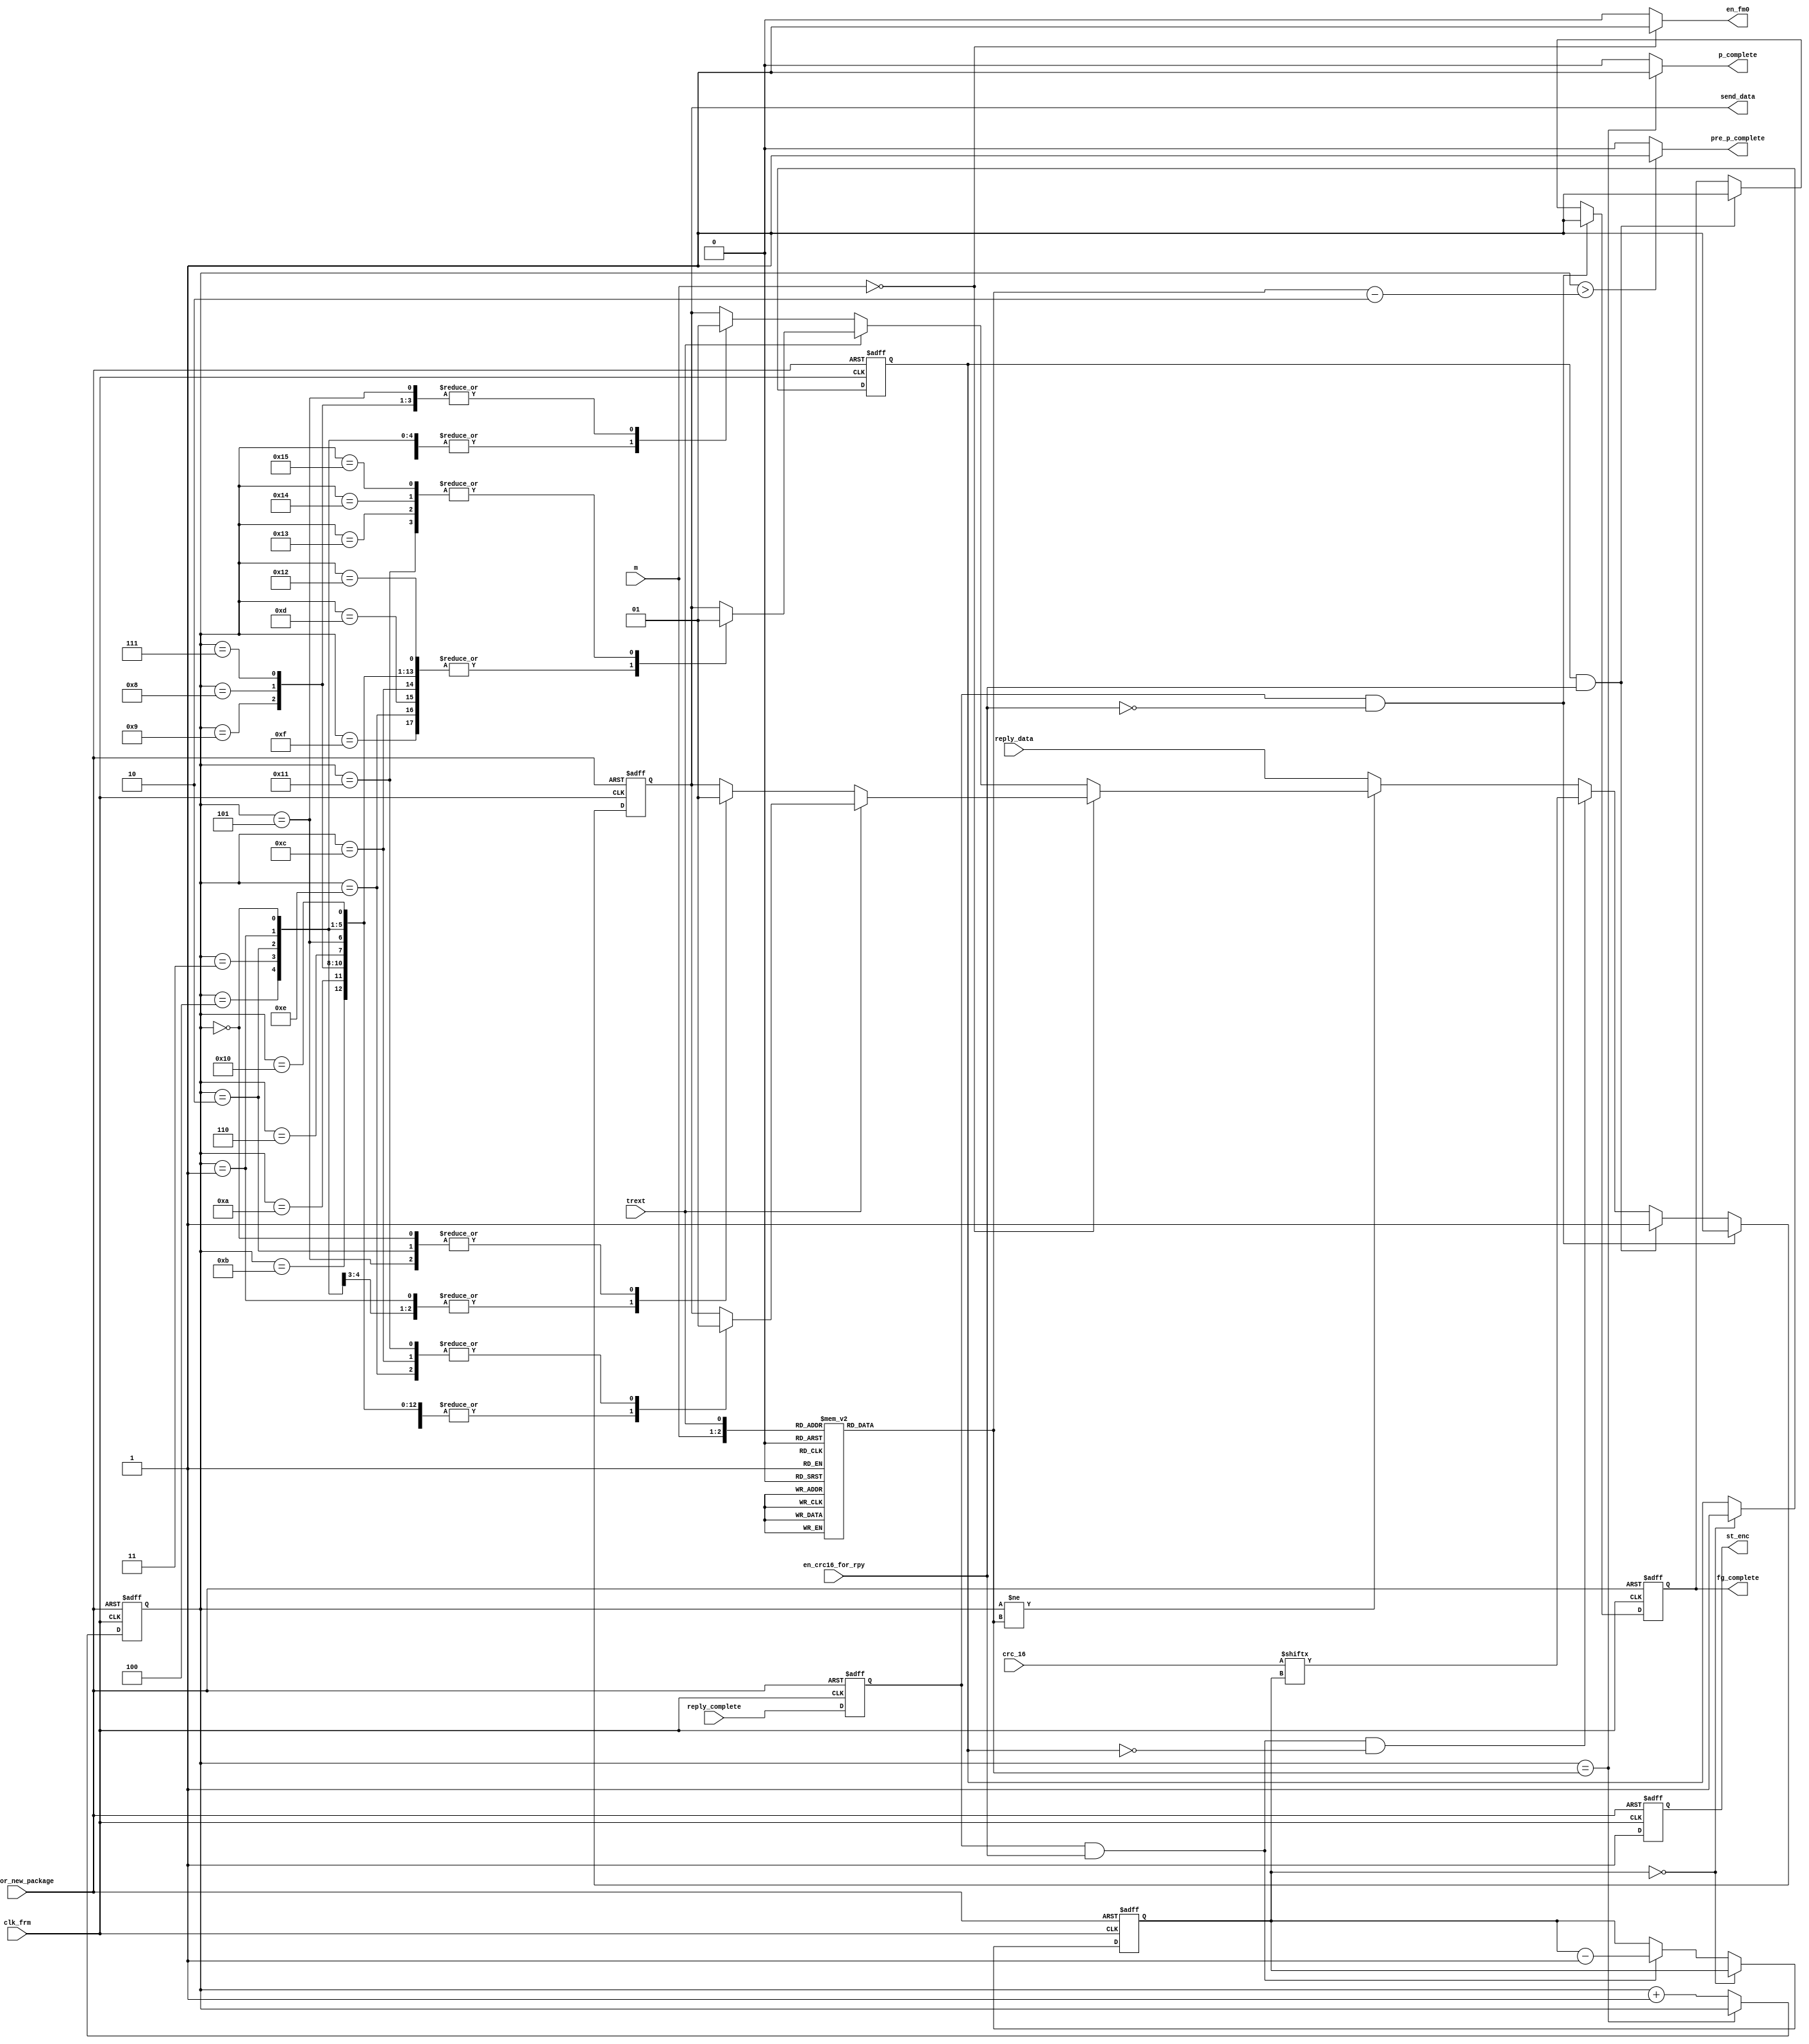
module frmgen
(
output reg send_data,
output en_fm0,
output reg st_enc,
output pre_p_complete,
output p_complete,
output reg fg_complete,
input clk_frm,
input rst_for_new_package,
input reply_data,
input [15:0]crc_16,
input [1:0]m,
input trext,
input reply_complete,
input en_crc16_for_rpy
);


reg reply_complete_d;
reg [4:0]cnt_end;
reg [4:0]p_cnt;
reg [3:0]crc_cnt;
reg crc_complete;


assign en_fm0 = (m == 2'b00)? 1'b1 : 1'b0;

assign pre_p_complete = (p_cnt > (cnt_end - 5'h2))? 1'b1 : 1'b0;

assign p_complete = (p_cnt == cnt_end)? 1'b1 : 1'b0;

always@(posedge clk_frm or negedge rst_for_new_package) begin
	if(~rst_for_new_package) st_enc <= 1'b0;
	else st_enc <= 1'b1;
end

always@(posedge clk_frm or negedge rst_for_new_package) begin
	if(~rst_for_new_package) reply_complete_d <= 1'b0;
	else reply_complete_d <= reply_complete;
end

always@(*) begin
	case({m, trext})
		3'b000 : cnt_end = 5'h6;
		3'b001 : cnt_end = 5'h12;
		3'b010 : cnt_end = 5'ha;
		3'b011 : cnt_end = 5'h16;
		3'b100 : cnt_end = 5'ha;
		3'b101 : cnt_end = 5'h16;
		3'b110 : cnt_end = 5'ha;
		3'b111 : cnt_end = 5'h16;
	endcase
end

always@(posedge clk_frm or negedge rst_for_new_package) begin
	if(~rst_for_new_package) p_cnt <= 5'h0;
	else begin
		if(p_cnt == cnt_end) p_cnt <= p_cnt;
		else p_cnt <= p_cnt + 5'h1;
	end
end

always@(posedge clk_frm or negedge rst_for_new_package) begin
	if(~rst_for_new_package) send_data <= 1'b0;
	else if(~en_crc16_for_rpy & reply_complete_d) send_data <= 1'b1;
	else if(en_crc16_for_rpy &  crc_complete) send_data <= 1'b1;
	else if(reply_complete_d & en_crc16_for_rpy & ~crc_complete) send_data <= crc_16[crc_cnt];
	else begin
		if(p_cnt != cnt_end) begin
			if(m == 2'b00) begin
				if(~trext) begin
					case(p_cnt)
						5'h0 : send_data <= 1'b1;
						5'h1 : send_data <= 1'b0;
						5'h2 : send_data <= 1'b1;
						5'h3 : send_data <= 1'b0;
						5'h4 : send_data <= 1'b0;
						5'h5 : send_data <= 1'b1;
					endcase
				end
				else begin
					case(p_cnt)	
						5'h0, 5'h1, 5'h2, 5'h3, 5'h4, 5'h5, 5'h6, 5'h7, 5'h8, 5'h9, 5'ha, 5'hb : send_data <= 1'b0;
						5'hc : send_data <= 1'b1;
						5'hd : send_data <= 1'b0;
						5'he : send_data <= 1'b1;
						5'hf : send_data <= 1'b0;
						5'h10 : send_data <= 1'b0;
						5'h11 : send_data <= 1'b1;
					endcase
				end
			end
			else begin
				if(~trext) begin
					case(p_cnt)
						5'h0, 5'h1, 5'h2, 5'h3 : send_data <= 1'b0;
						5'h4 : send_data <= 1'b0;
						5'h5 : send_data <= 1'b1;
						5'h6 : send_data <= 1'b0;
						5'h7 : send_data <= 1'b1;
						5'h8 : send_data <= 1'b1;
						5'h9 : send_data <= 1'b1;
					endcase
				end
				else begin
					case(p_cnt)
						5'h0, 5'h1, 5'h2, 5'h3, 5'h4, 5'h5, 5'h6, 5'h7, 5'h8, 5'h9, 5'ha, 5'hb, 5'hc, 5'hd, 5'he, 5'hf : send_data <= 1'b0;
						5'h10 : send_data <= 1'b0;
						5'h11 : send_data <= 1'b1;
						5'h12 : send_data <= 1'b0;
						5'h13 : send_data <= 1'b1;
						5'h14 : send_data <= 1'b1;
						5'h15 : send_data <= 1'b1;
					endcase
				end
			end
		end
		else send_data <= reply_data;
	end
end

always@(posedge clk_frm or negedge rst_for_new_package) begin
	if(~rst_for_new_package) crc_cnt <= 4'hf;
	else begin
		if(crc_cnt == 4'h0) crc_cnt <= crc_cnt;
		else if(reply_complete_d & en_crc16_for_rpy) crc_cnt <= crc_cnt - 4'h1;
	end
end

always@(posedge clk_frm or negedge rst_for_new_package) begin
	if(~rst_for_new_package) crc_complete <= 1'b0;
	else if(crc_cnt == 4'h0) crc_complete <= 1'b1;
end

always@(posedge clk_frm or negedge rst_for_new_package) begin
	if(~rst_for_new_package) fg_complete <= 1'b0;
	else begin
		if(reply_complete_d & ~en_crc16_for_rpy) fg_complete <= 1'b1;
		else if(crc_complete & en_crc16_for_rpy) fg_complete <= 1'b1;
	end
end


endmodule